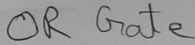
Text: OR Gate